[Report on the health of British troops in the Madras command]
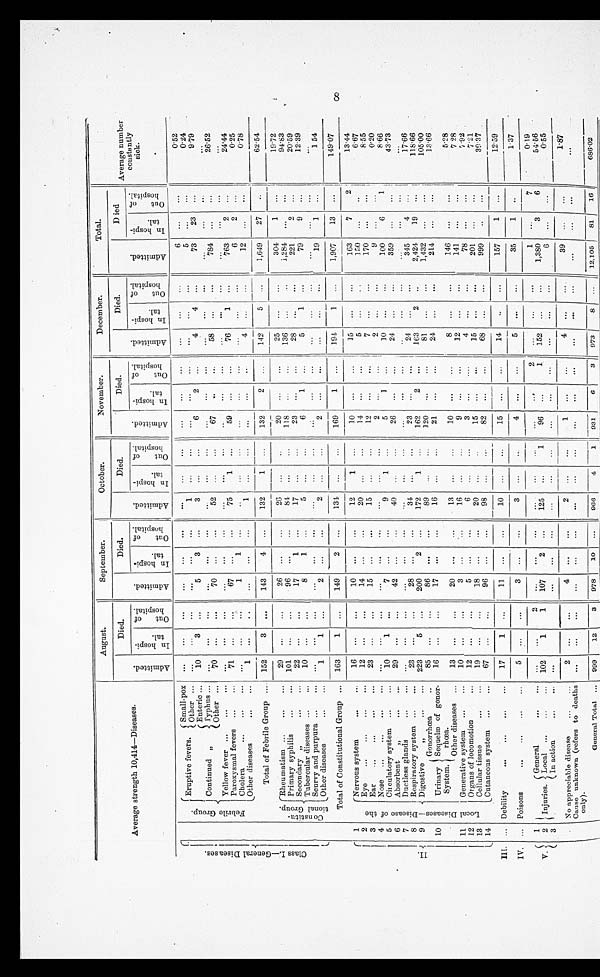
Average strength 10,414—Diseases.
A u g u s t .
September.
October.
November.
December.
Total.
Average number
constantly s i c k .
8
A d m i t t e d .
Died.
A d m i t t e d .
D i e d .
A d m i t t e d .
Died.
A d m i t t e d .
Died.
A d m i t t e d .
D i e d .
A d m i t t e d .
Died
I n h o s p i - t a l .
Out of
hospi t al .
I n h o s p i -
t a l .
Out of
h o s p i t a l .
I n h o s p i - t a l .
Out of
hospi t al .
I n h o s p i - t a l .
Out of
h o s p i t a l .
I n h o s p i - t a l .
Out of
h o s p i t a l .
I n h o s p i - t a l .
Out of
h o s p i t a l .
C l a s s I . — G e n e r a l D i s e a s e s .
.
F e b r i l e G r o u p .
Eruptive fevers.
Small-pox ...
...
...
... ...
... ...
...
...
... ...
...
...
... ...
6 ...
...
0.52
Other ... ... ...
...
...
...
... 1
...
...
...
...
...
... ...
...
5
...
...
0.24
Continued „
Enteric ...
10
3 ...
5
3
...
3
...
...
6 2
...
4
4 ...
73
23 ... 9.79
Typhus ... ...
...
...
...
...
...
... ...
...
...
...
...
...
...
...
...
... ...
...
Other ...
70 ...
...
70 ... ...
52 ...
...
67
... ...
58
... ...
784 ...
...
26.52
Yellow fever ...
...
... ...
...
...
... ...
...
...
...
...
...
...
...
...
...
...
...
...
...
...
Paroxysmal fevers ...
...
71
...
...
67 ...
...
75
1 ...
59 ...
...
76
1 ... 763
2
...
24.44
Cholera
...
...
... ...
...
...
1
1
...
...
...
...
...
...
...
...
... ...
6 2
...
0.25
Other diseases
...
... 1
...
...
...
... ...
1
...
...
... ...
...
4
...
... 12
...
...
0.78
Total of Febrile Group ... 152
3 ...
143
4 ...
132
1 ...
132
2 ...
142
5 ...
1,649
27
..
62.54
C o n s t i t u -
t i o n a l G r o u p .
Rheumatism ...
...
...
29 ...
...
26 ...
...
26
...
...
20
...
...
25
...
...
304
1 ...
19.72
Primary syphilis ... ...
101 ... ...
96 ...
...
84 ...
...
118 ...
...
136
... ...
1,284 ...
...
94.83
Secondary „
...
...
22 ...
...
17
1 ...
17 ...
...
23
...
...
28 ...
...
221
2 ...
20.59
Tubercular diseases ... . . .
10 ...
...
8
1 ...
5 ... ...
6
1
...
5
1 ...
79
9 ...
12.39
Scurvy and purpura ...
...
...
...
...
...
...
...
...
...
... ...
...
...
...
...
...
... ...
...
...
Other diseases ... ...
1
1
... 2
...
...
2
...
... 2
...
...
...
...
...
19 1
... 1.54
Total of Constitutional Group ... 163
1 ...
149
2 ...
134 ... ...
169
1
...
194
1
...
1,907
13 ...
149.07
I I .
1
L o c a l D i s e a s e s — D i s e a s e o f t h e
Nervous system
. . . . . .
16 ...
...
10 ...
...
12
1
...
10
...
...
15
...
...
163
7 2
13.44
2
Eye
...
...
...
...
12 ...
...
14 ...
...
20
... ...
14
...
...
5 ...
...
150 ...
...
6.67
3
Ear
...
... ... ...
23 ... ...
15 ...
...
15
...
...
12
...
...
7 ...
...
170
...
...
8.55
4
Nose ...
...
...
... ...
...
...
...
...
...
...
...
...
2 ...
...
2
...
...
9 ... ...
0.20
5
Circulatory system ...
...
10
1 ...
7 ...
...
9
1
...
5
1 ...
10 ...
...
100
6 1
8.66
6
Absorbent
„
...
...
29
... ...
42 ...
...
40
... ...
26 ...
...
24
...
...
359 ...
...
43.73
7
Ductless glands
...
... ... ...
...
...
...
... ...
...
...
...
...
...
... ...
...
...
...
. . .
...
8
Respiratory system ...
...
23
...
...
28 ...
...
34 ...
...
23
...
...
24 ...
...
345
4 ...
17.66
9
Digestive , , . . . . . .
223
5
...
200
2 ...
172
1 ...
162 2
...
163
2 ...
2,424
19 ...
118.66
10
Urinary
System
Gonor r hœa
. . .
85
...
...
86 ...
...
89
... ...
120 ... ...
81
...
...
1,432 ...
... 105.00
Sequelæ of gonor-
r h œ a .
16
...
...
17 ...
...
16
...
...
21
...
...
24 ... ...
214 ...
...
13.66
Other diseases ...
13 ...
...
20 ...
...
13 ...
...
10 ...
...
8 ... ...
146 ...
...
5.28
11
Generative system ...
...
10 ...
...
3
...
...
16
... ...
9
... ...
12 ...
... 141
...
... 7.28
12
Organs of locomotion ...
12 ...
...
5
...
...
6 ...
...
3 ...
...
4 ...
...
78 ...
...
7.92
1 3
Cellular tissue
...
...
19
...
...
18
...
...
20
...
...
15 ...
...
15 ...
...
201
...
...
7.21
1 4
Cutaneous system ...
...
67 ...
...
96 ...
...
98
...
...
8
2
... ...
68 ...
...
999
...
...
39.37
III. ... Debility
...
...
...
. . . 17
1 ...
11 ...
...
10 ...
...
15 ...
...
14
...
...
157
1 ...
12.59
IV. ... Poisons
...
...
...
...
5
...
...
3 ...
...
3
... ...
4
...
...
5 ...
...
35
1 ...
1.37
V . 1 Injuries.
General
...
. . . ...
...
2
...
...
...
...
... ...
...
...
2 ...
...
...
1
...
7
0.19
2
Local ...
...
... 102
1
1
107
2 ...
125
...
1
96
...
1
152 ...
...
1,380
3
6
54.56
3
I n a c t i o n . . . . . .
...
...
...
...
... ...
...
...
...
...
...
... ...
...
... 6
...
... 0.55
No appreciable disease
...
...
2 ...
...
4 ...
...
2 ...
...
1
...
...
4 ...
...
39
...
...
1.87
Cause unknowns (refers to deaths
only).
...
...
...
. . .
...
...
...
... ...
... ...
...
...
..
...
... ...
...
...
General Total
...
999
12
3
978
10 ...
966
4 1
931
6
3
973
8 ...
12,105
81
16
686.02